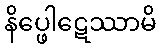
နိပ္ဖေါဋေဿာမိ